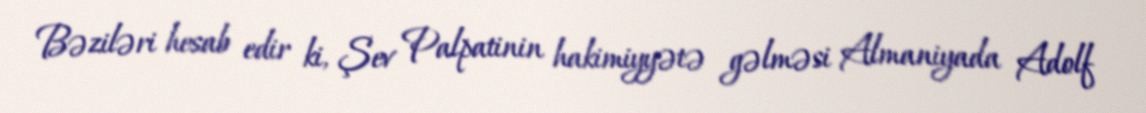
Bəziləri hesab edir ki, Şev Palpatinin hakimiyyətə gəlməsi Almaniyada Adolf